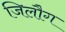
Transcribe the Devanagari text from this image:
जिलौग